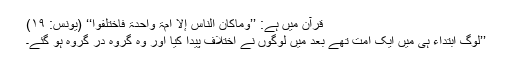
قرآن میں ہے: ’’وماکان الناس إلا أمۃ واحدۃ فاختلفوا‘‘ (یونس: ۱۹)
’’لوگ ابتداء ہی میں ایک امت تھے بعد میں لوگوں نے اختلاف پیدا کیا اور وہ گروہ در گروہ ہو گئے۔